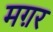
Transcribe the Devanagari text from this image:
मग़र